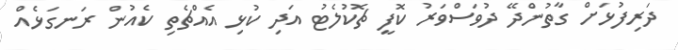
ދަރިފުޅަށް ގާތުންދޭ ދުވަސްވަރު ކޮފީ ޗޮކުލެޓު އަދި ކުޅި އެއްޗެތި ކެއުން ރަނގަޅެއް